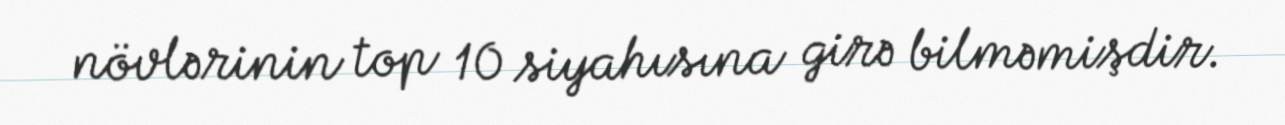
növlərinin top 10 siyahısına girə bilməmişdir.